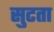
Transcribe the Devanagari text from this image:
सुटता